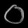
Digit: ၀